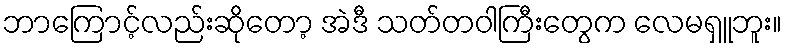
ဘာကြောင့်လည်းဆိုတော့ အဲဒီ သတ်တဝါကြီးတွေက လေမရှူဘူး။